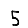
Digit: 5